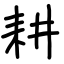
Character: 耕